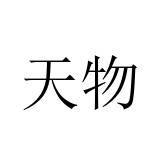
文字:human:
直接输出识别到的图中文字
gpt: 天物